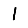
Digit: 1